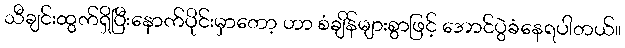
သီချင်းထွက်ရှိပြီးနောက်ပိုင်းမှာတော့ ဟာ စံချိန်များစွာဖြင့် အောင်ပွဲခံနေရပါတယ်။